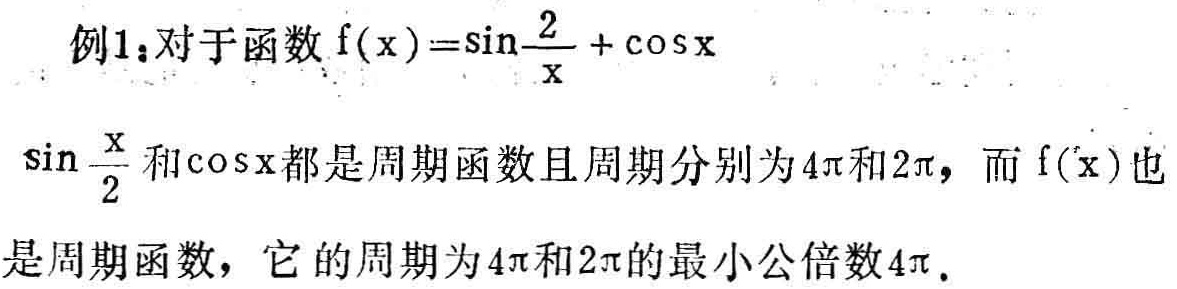
例1：对于函数 \(f(x)=\sin\frac{2}{x}+\cos x\)

\(\sin\frac{x}{2}\)和\(\cos x\)都是周期函数且周期分别为\(4\pi\)和\(2\pi\)，而\(f(x)\)也是周期函数，它的周期为\(4\pi\)和\(2\pi\)的最小公倍数\(4\pi\)。